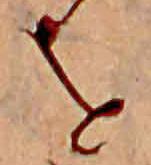
を